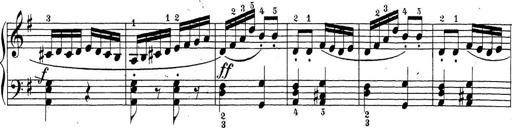
Title: Sonatina Album
Composer: Louis KÃ¶hler